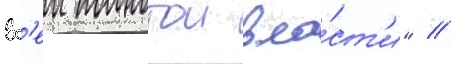
вс'еи полнотои вла́ст'и" //